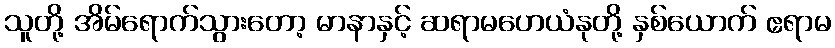
သူတို့ အိမ်ရောက်သွားတော့ မာနာနှင့် ဆရာမဟေယံနုတို့ နှစ်ယောက် ဧရာမ